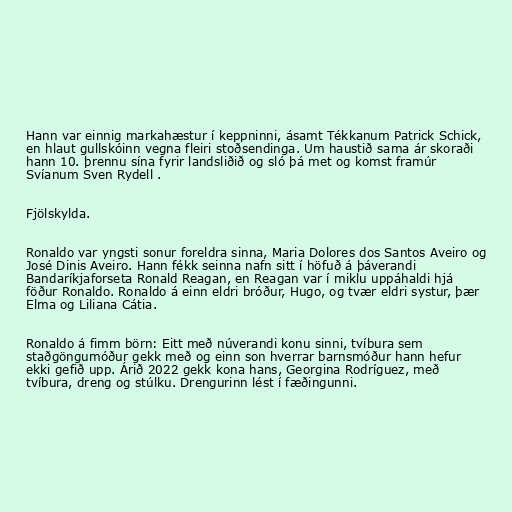
Hann var einnig markahæstur í keppninni, ásamt Tékkanum Patrick Schick,
en hlaut gullskóinn vegna fleiri stoðsendinga. Um haustið sama ár skoraði
hann 10. þrennu sína fyrir landsliðið og sló þá met og komst framúr
Svíanum Sven Rydell .

Fjölskylda.

Ronaldo var yngsti sonur foreldra sinna, Maria Dolores dos Santos Aveiro og
José Dinis Aveiro. Hann fékk seinna nafn sitt í höfuð á þáverandi
Bandaríkjaforseta Ronald Reagan, en Reagan var í miklu uppáhaldi hjá
föður Ronaldo. Ronaldo á einn eldri bróður, Hugo, og tvær eldri systur, þær
Elma og Liliana Cátia.

Ronaldo á fimm börn: Eitt með núverandi konu sinni, tvíbura sem
staðgöngumóður gekk með og einn son hverrar barnsmóður hann hefur
ekki gefið upp. Árið 2022 gekk kona hans, Georgina Rodríguez, með
tvíbura, dreng og stúlku. Drengurinn lést í fæðingunni.